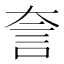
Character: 𧥢